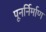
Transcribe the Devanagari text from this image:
पूनर्निर्माण